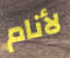
لأنام